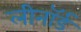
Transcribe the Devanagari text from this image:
लीनॉर्ड